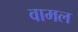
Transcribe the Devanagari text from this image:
वामल